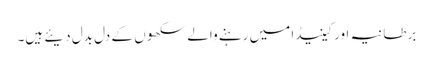
برطانیہ اور کینیڈا میں رہنے والے سکھوں کے دل بدل دیئے ہیں۔